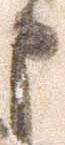
申